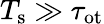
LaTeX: T_{\mathrm{s}}\gg\tau_{\mathrm{ot}}